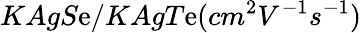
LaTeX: KAgS\mathrm{e}/KAgT\mathrm{e}(cm^{2}V^{-1}s^{-1})